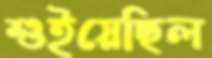
শুইয়েছিল